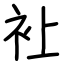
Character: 𧘕